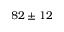
8 2 \pm 1 2